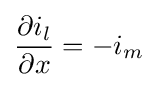
{\frac {\partial i_{l}}{\partial x}}=-i_{m}\